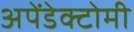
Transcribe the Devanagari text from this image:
अपेंडेक्टोमी